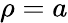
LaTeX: \rho=a